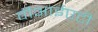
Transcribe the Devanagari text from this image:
वीआईएटी